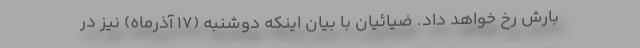
بارش رخ خواهد داد. ضیائیان با بیان اینکه دوشنبه (۱۷ آذرماه) نیز در